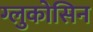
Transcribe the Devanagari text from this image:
ग्लुकोसिन